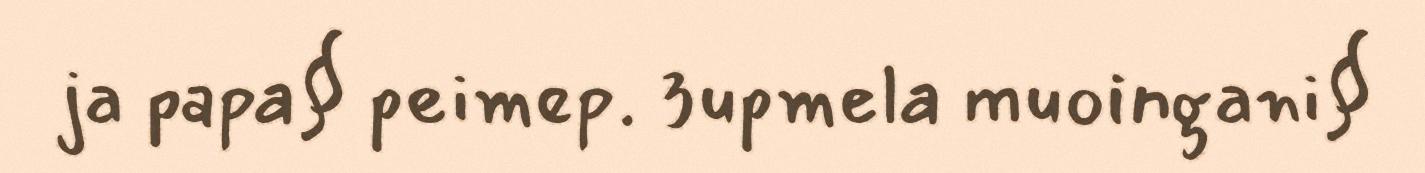
ja papa§ peimep. 3upmela muoingani§